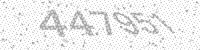
Solution: 447951